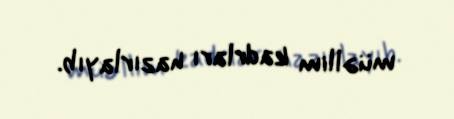
müəllim kadrları hazırlayıb.